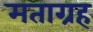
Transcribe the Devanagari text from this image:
मताग्रह